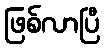
ဖြစ်လာပြီ